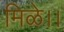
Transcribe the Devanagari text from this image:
मिळे।।